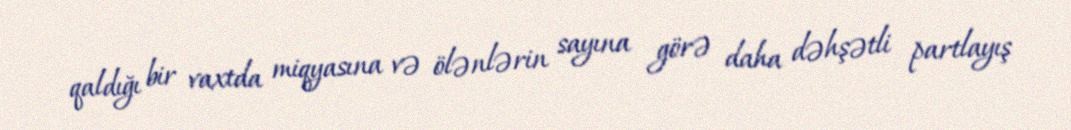
qaldığı bir vaxtda miqyasına və ölənlərin sayına görə daha dəhşətli partlayış